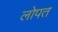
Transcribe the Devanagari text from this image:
लोपत